65_HS1-834228961_62-HQ-83894_Section_4
Agency: FBI
Page 4
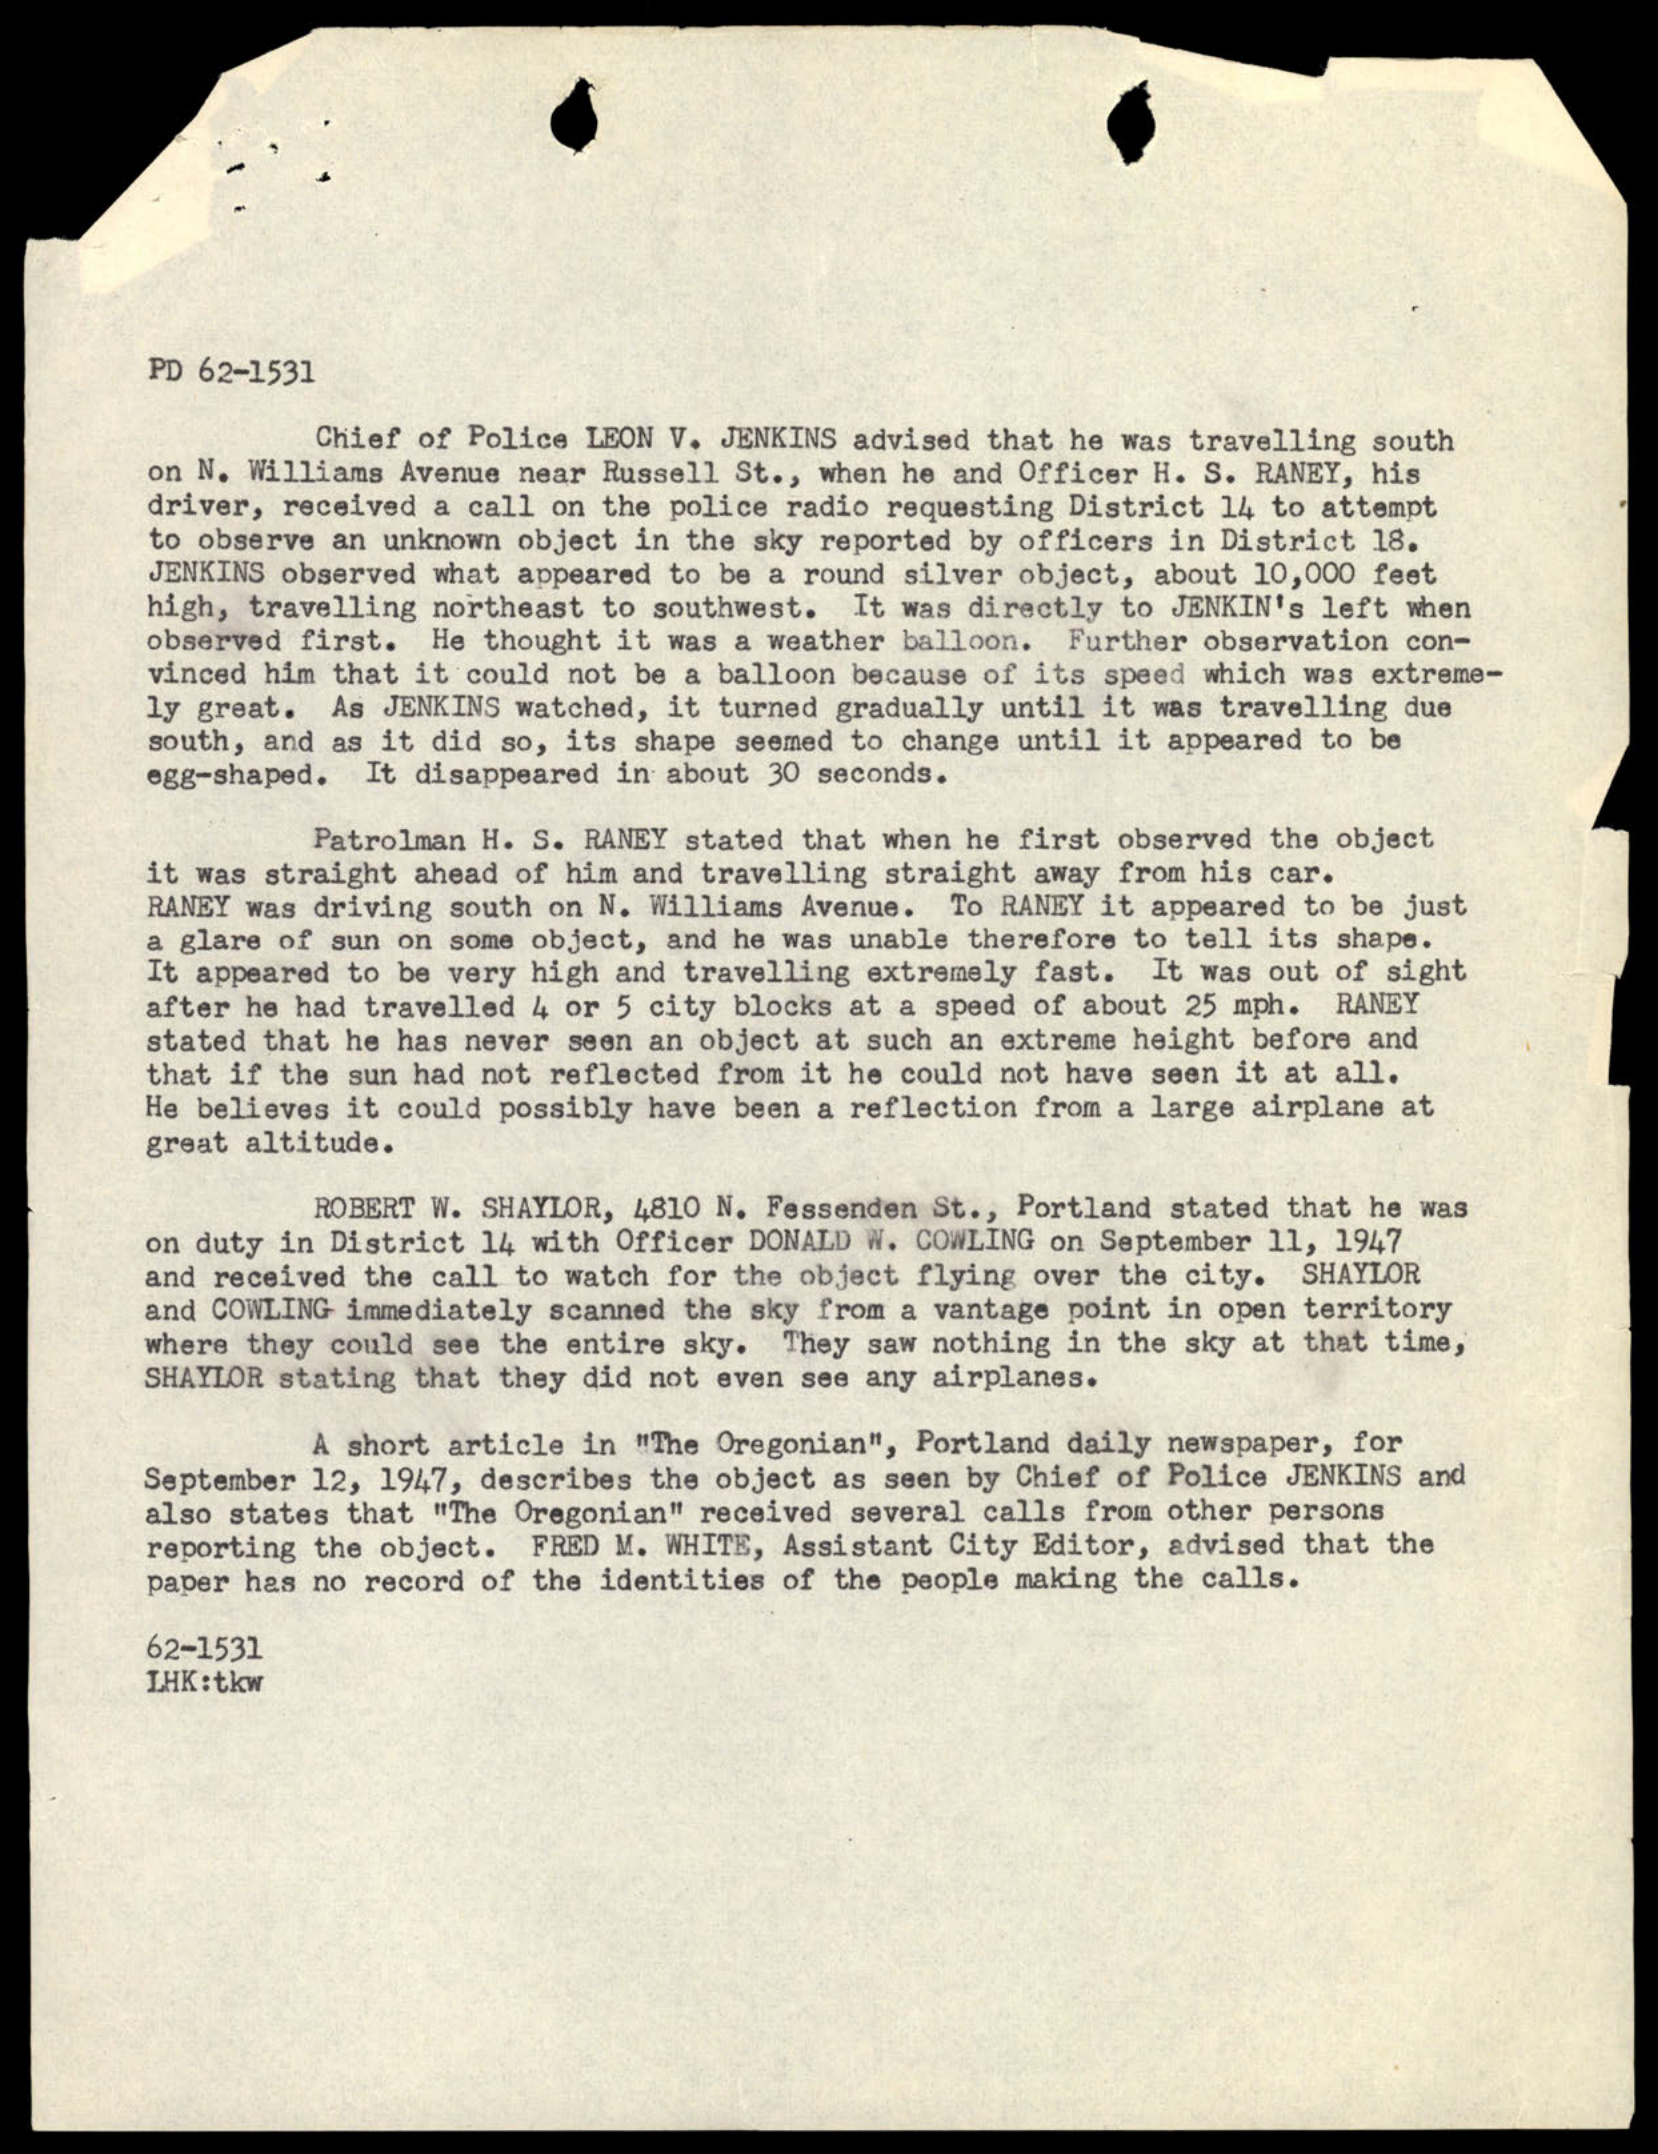